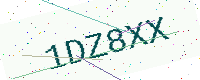
Text: 1DZ8XX